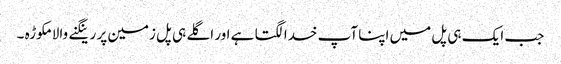
جب ایک ہی پل میں اپنا آپ خدا لگتا ہے اور اگلے ہی پل زمین پر رینگنے والا مکوڑہ ۔